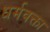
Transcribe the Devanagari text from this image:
धर्मवक्ता